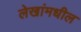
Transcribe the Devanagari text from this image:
लेखांमधील